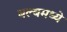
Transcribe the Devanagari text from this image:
बल्बमध्ये